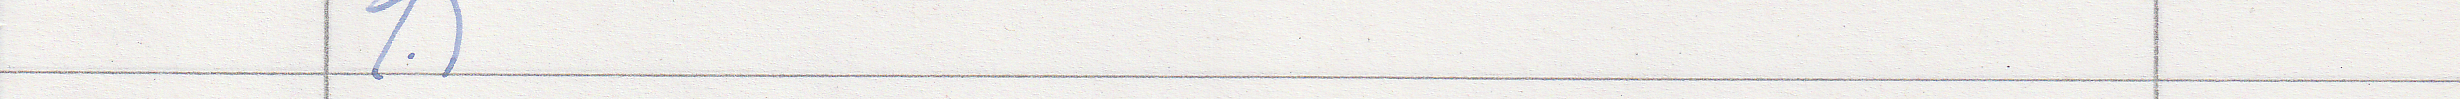
1.)